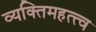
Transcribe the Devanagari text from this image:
व्यक्‍तिमहत्त्व